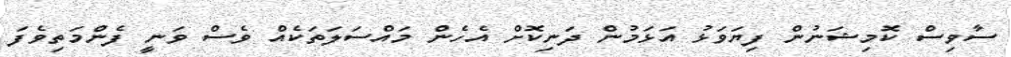
ސާވިސް ކޮމިޝަނުން ފިޔަވަޅު އަޅަމުން ދަނިކޮށް އެހެން މައްސަލަތަކެއް ވެސް ވަނީ ފެންމަތިވެފަ